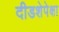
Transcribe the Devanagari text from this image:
दीडशेपेक्षा